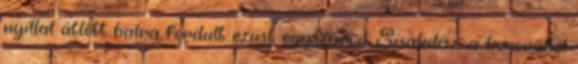
nyíllal átlőtt balra fordult ezüst egyszarvú. Sisakdísz: a koronából